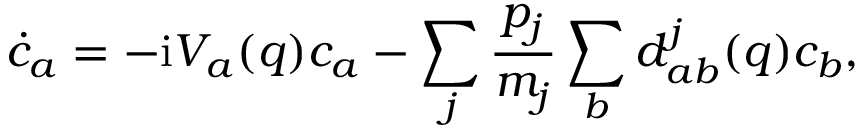
\dot { c } _ { a } = - \mathrm { i } V _ { a } ( q ) c _ { a } - \sum _ { j } \frac { p _ { j } } { m _ { j } } \sum _ { b } d _ { a b } ^ { j } ( q ) c _ { b } ,